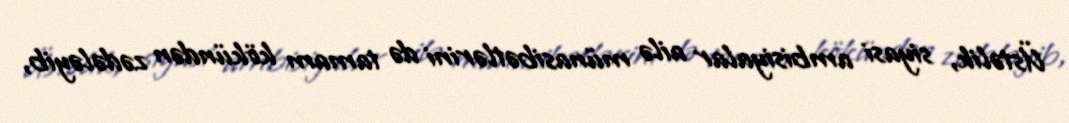
Üstəlik, siyasi ambisiyalar ailə münasibətlərini də tamam kökündən zədələyib,